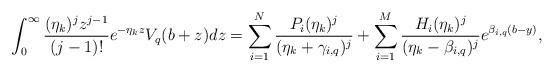
LaTeX: \begin{align*}\int_{0}^{\infty}\frac{(\eta_k)^jz^{j-1}}{(j-1)!}e^{-\eta_k z}V_q(b+z)dz=\sum_{i=1}^{N}\frac{P_i(\eta_k)^j}{(\eta_k+\gamma_{i,q})^j}+\sum_{i=1}^{M}\frac{H_i(\eta_k)^j}{(\eta_k-\beta_{i,q})^j}e^{\beta_{i,q}(b-y)},\end{align*}